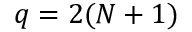
q = 2 ( N + 1 )